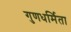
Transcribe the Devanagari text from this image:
गुणधर्मिता